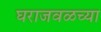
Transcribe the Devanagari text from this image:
घराजवळच्या